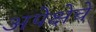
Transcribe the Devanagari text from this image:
अपेक्षेचे